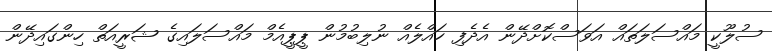
ސުލޫކީ މައްސަލަތައް އަވަސްކޮށްދޭން އެދެފި ހައްލެއް ނުލިބުމުން ޕީޕީއެމް މައްސަލައިގެ ޝަރީއަތް ހިންގައިދޭން